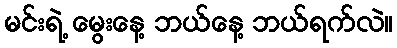
မင်းရဲ့ မွေးနေ့ ဘယ်နေ့ ဘယ်ရက်လဲ။